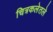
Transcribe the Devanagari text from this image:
चित्रकलेतले